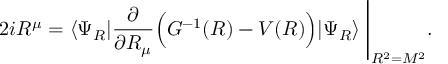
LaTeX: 2 i R ^ { \mu } = \langle \Psi _ { R } | \frac { \partial } { \partial R _ { \mu } } \Big ( G ^ { - 1 } ( R ) - V ( R ) \Big ) | \Psi _ { R } \rangle \; \Bigg | _ { R ^ { 2 } = M ^ { 2 } } .